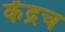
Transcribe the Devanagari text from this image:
केंद्रच